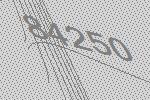
84250